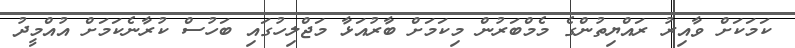
ކަމަކަށް ވާއިރު ރައްޔިތުންގެ މެމްބަރުން މިކަމަށް ބާރުއަޅާ މަޖްލިހުގައި ބަހުސް ކުރާނެކަމަށް އުއްމީދު